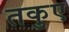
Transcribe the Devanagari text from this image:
तकुए